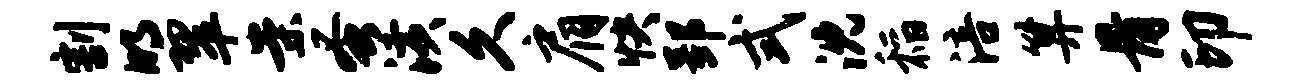
割明翠案蚤潢久肩快郢式沈稻涪算骨印